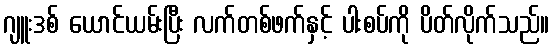
ဂျူးဒစ် ယောင်ယမ်းပြီး လက်တစ်ဖက်နှင့် ပါးစပ်ကို ပိတ်လိုက်သည်။